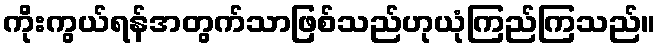
ကိုးကွယ်ရန်အတွက်သာဖြစ်သည်ဟုယုံကြည်ကြသည်။